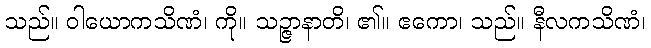
သည်။ ဝါယောကသိဏံ၊ ကို။ သဉ္ဇာနာတိ၊ ၏။ ဧကော၊ သည်။ နီလကသိဏံ၊